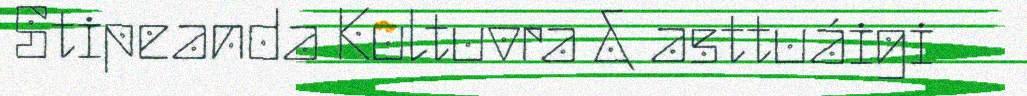
Stipeanda Kultuvra & asttuáigi